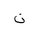
Letter: _non